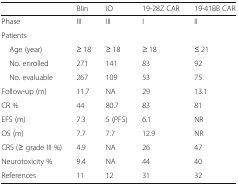
<table><thead><tr><td></td><td><b>Blin</b></td><td><b>IO</b></td><td><b>19-28Z CAR</b></td><td><b>19-41BB CAR</b></td></tr></thead><tbody><tr><td>Phase</td><td>III</td><td>III</td><td>I</td><td>II</td></tr><tr><td colspan="5">Patients</td></tr><tr><td> Age (year)</td><td>≥ 18</td><td>≥ 18</td><td>≥ 18</td><td>≤ 21</td></tr><tr><td> No. enrolled</td><td>271</td><td>141</td><td>83</td><td>92</td></tr><tr><td> No. evaluable</td><td>267</td><td>109</td><td>53</td><td>75</td></tr><tr><td>Follow-up (m)</td><td>11.7</td><td>NA</td><td>29</td><td>13.1</td></tr><tr><td>CR %</td><td>44</td><td>80.7</td><td>83</td><td>81</td></tr><tr><td>EFS (m)</td><td>7.3</td><td>5 (PFS)</td><td>6.1</td><td>NR</td></tr><tr><td>OS (m)</td><td>7.7</td><td>7.7</td><td>12.9</td><td>NR</td></tr><tr><td>CRS (≥ grade III %)</td><td>4.9</td><td>NA</td><td>26</td><td>47</td></tr><tr><td>Neurotoxicity %</td><td>9.4</td><td>NA</td><td>44</td><td>40</td></tr><tr><td>References</td><td>11</td><td>12</td><td>31</td><td>32</td></tr></tbody></table>